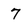
Character: 7